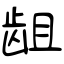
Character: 龃